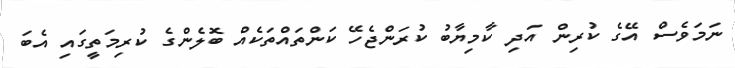
ނަމަވެސް އޭގެ ކުރިން އަދި ކާމިޔާބު ކުރަންޖެހޭ ކަންތައްތަކެއް ބޮލެންގެ ކުރިމަތީގައި އެބަ